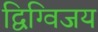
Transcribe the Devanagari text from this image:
द्विग्विजय